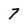
Character: 7